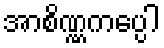
အာစိဏ္ဏကပ္ပေါ